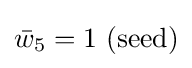
{\bar {w}}_{5}=1{\text{ (seed)}}